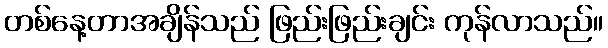
တစ်နေ့တာအချိန်သည် ဖြည်းဖြည်းချင်း ကုန်လာသည်။